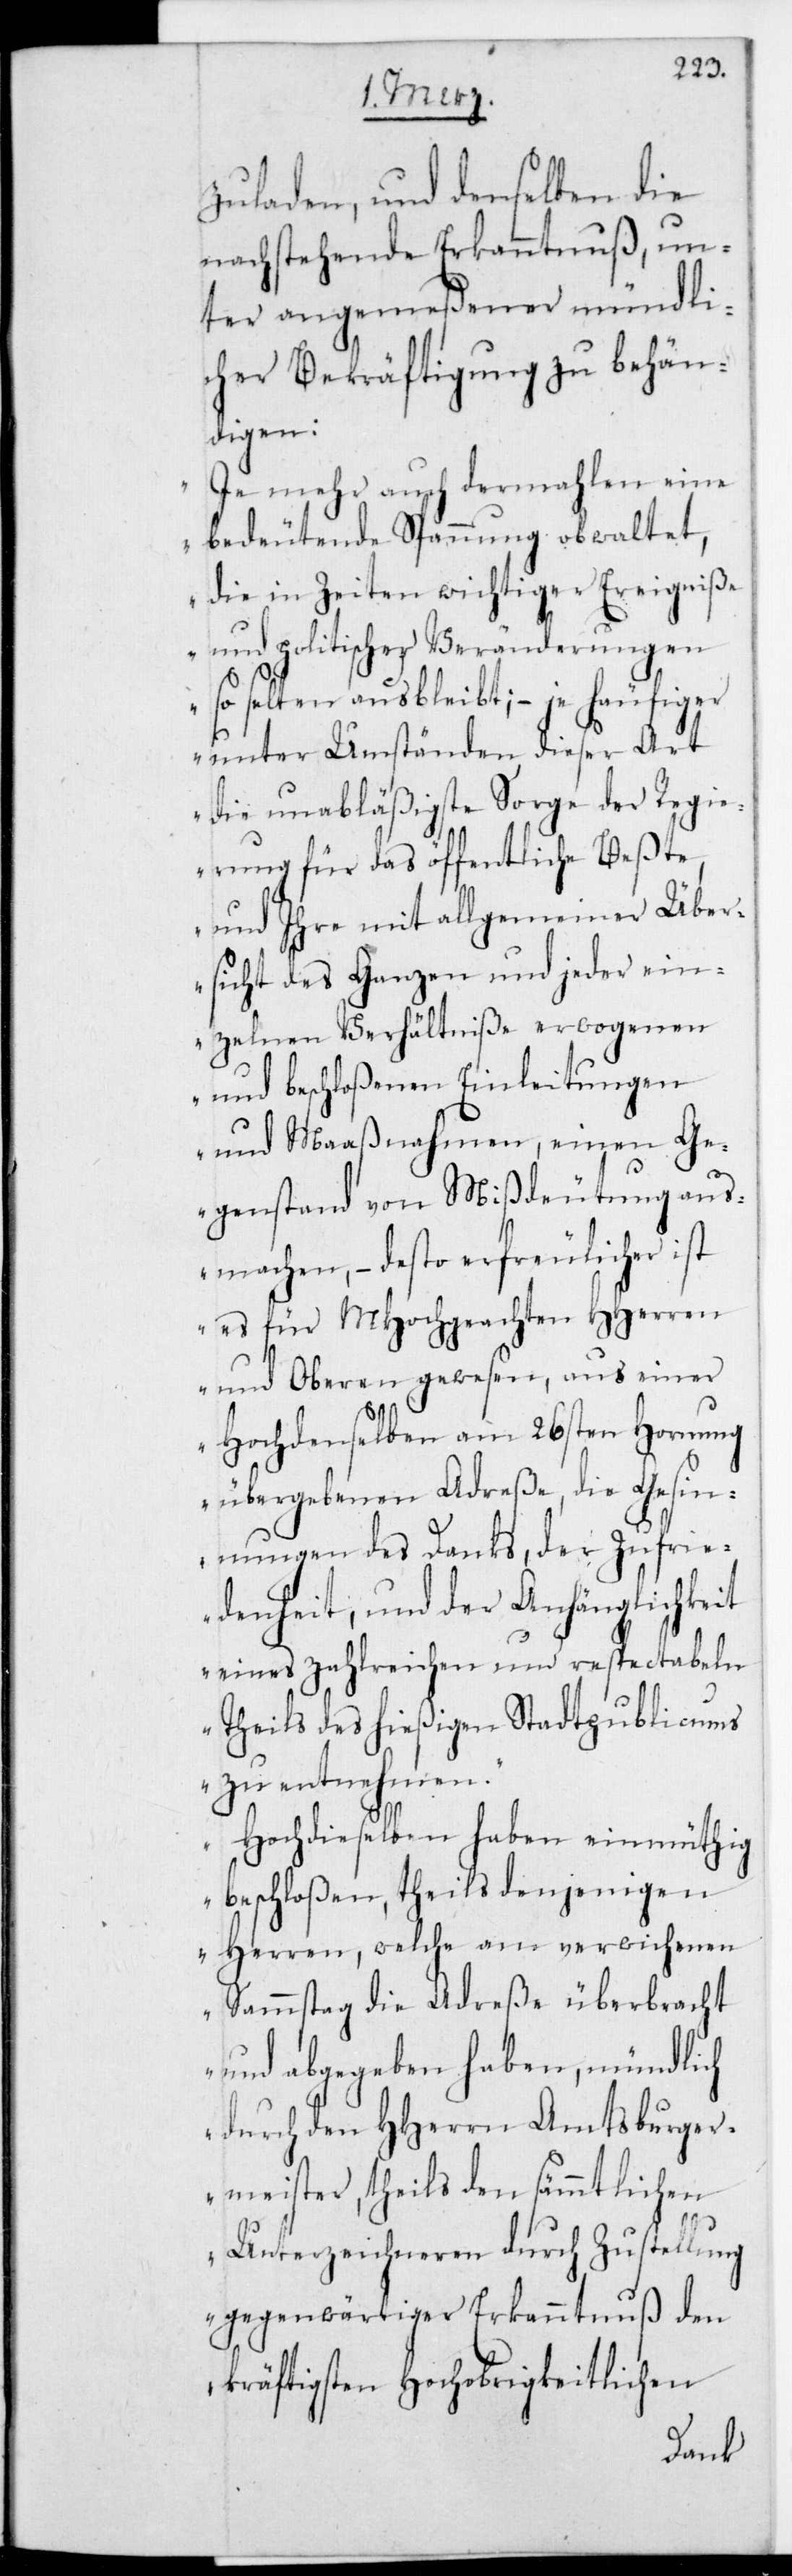
zuladen, und denselben die
nachstehende Erkanntnuß un¬
ter angemeßener mündli¬
cher Bekräftigung zu behän¬
digen:
„Je mehr auch dermahlen eine
bedeutende Spannung obwaltet,
die in Zeiten wichtiger Ereigniße
und politischer Veränderungen
so selten ausbleibt; – je häufiger
unter Umständen, dieser Art
die unabläßigste Sorge der Regi¬
erung für das öffentliche Beßte,
und ihre mit allgemeiner Über¬
sicht des Ganzen und jeder ein¬
zelnen Verhältniße erwogenen
und beschloßenen Einleitungen
und Maaßnahmen, einen Ge¬
genstand von Mißdeutung aus¬
machen, – desto erfreulicher ist
es für MHochgeachten HHerren
und Oberen gewesen, aus einer
Hochdenselben am 26sten Hornung
übergebenen Adreße die Gesin¬
nungen des Danks, der Zufri¬
edenheit und der Anhänglichkeit
eines zahlreichen und respectablen
Theils des hießigen Stadtpublicums
zu entnehmen.
Hochdieselben haben einmüthig
beschloßen, theils denjenigen
Herren, welche am verwichenen
Sammstag die Adreße überbracht
und abgegeben haben, mündlich
durch den HHerrn Amtsburger¬
meister, theils den sämmtlichen
Unterzeichneren durch Zustellung
gegenwärtiger Erkanntnuß den
kräftigsten Hochobrigkeitlichen